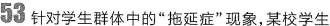
53针对学生群体中的”拖延症”现象，某校学生